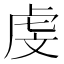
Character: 虔